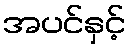
အပင်နှင့်